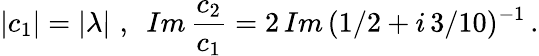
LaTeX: |c_{1}|=|\lambda|\, \, ,\, \, \, Im\, \frac{c_{2}}{c_{1}}=2\, Im\, (1/2+i\, 3/10)^{-1}\, .